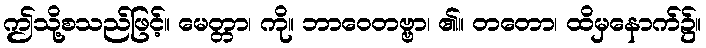
ဤသို့စသည်ဖြင့်။ မေတ္တာ၊ ကို။ ဘာဝေတဗ္ဗာ၊ ၏။ တတော၊ ထိမှနောက်၌။